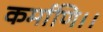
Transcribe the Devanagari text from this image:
कर्माणि।।